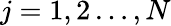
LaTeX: j=1,2\dots,N